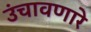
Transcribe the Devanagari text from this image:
उंचावणारे